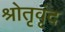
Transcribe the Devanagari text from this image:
श्रोतृवृंद